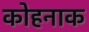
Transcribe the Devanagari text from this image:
कोहनाक